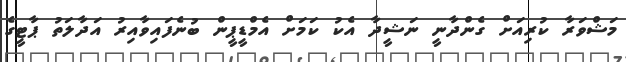
މަޝްވަރާ ކުރިއަށް ގެންދާނީ ނަޝީދާ އެކު ކަމަށް އެމްޑީޕީން ބުނެފައިވާއިރު އަދާލަތު ޕާޓީގެ